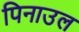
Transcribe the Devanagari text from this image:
पिनाउल